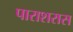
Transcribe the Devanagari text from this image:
पाराशरास